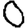
Digit: 0